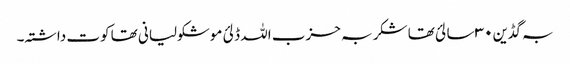
بہ گڈین ۳۰ سالئ تھا شکر بہ حزب اللہ ڈلئ موشکولیانی تھا کوت داشتہ۔